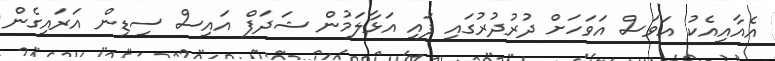
އެއާއިއެކު އަވަސް އަވަހަށް ދުރުދުރުގައި ފައި އަޅާލަމުން ޝަދަފް އައިސް ސިޑިން އަރައިގެން